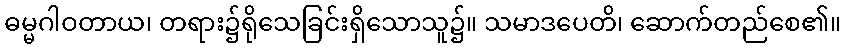
ဓမ္မဂါဝတာယ၊ တရား၌ရိုသေခြင်းရှိသောသူ၌။ သမာဒပေတိ၊ ဆောက်တည်စေ၏။